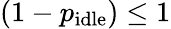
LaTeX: \left(1-p_{\mathrm{idle}}\right)\le 1